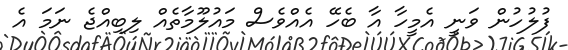
ފުލުހުން ވަނީ އެމީހާ އާ ބެހޭ އެއްވެސް މައުލޫމާތެއް ލިބިއްޖެ ނަމަ އެ